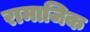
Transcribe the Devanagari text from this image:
रामाजिक